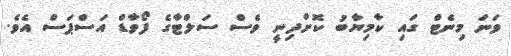
ވަނަ މިނެޓް ގައި ކާމިޔާބު ކޮށްދިނީ ވެސް ސަލްޓާގެ ފޯވާޑް އަސްޕަސް އެވެ.